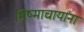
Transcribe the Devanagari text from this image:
भिष्माचार्यांना